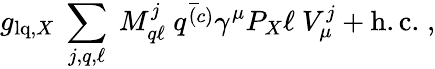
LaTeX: g_{\mathrm{lq},X}~\sum_{j,q,\ell}~M_{q\ell}^{j}~\bar{q^{(c)}}\gamma^{\mu}P_{X}\ell~V_{\mu}^{j}+\mathrm{h.c.}\; ,